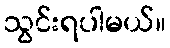
သွင်းရပါမယ်။